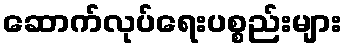
ဆောက်လုပ်ရေးပစ္စည်းများ